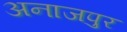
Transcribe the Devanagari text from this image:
अनाजपुर